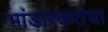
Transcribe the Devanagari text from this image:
भांडारकरांचा